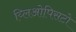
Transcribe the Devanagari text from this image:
य्लिओपिसटो